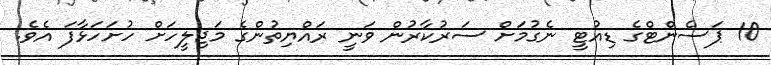
10 ޕަސެންޓްގެ ޑިއުޓީ ނެގުމަށް ސަރުކާރުން ވަނީ ރައްޔިތުންގެ މަޖިލީހަށް ހުށަހަޅާފަ އެވެ.